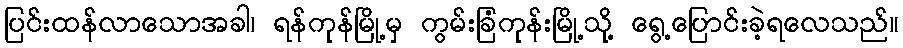
ပြင်းထန်လာသောအခါ၊ ရန်ကုန်မြို့မှ ကွမ်းခြံကုန်းမြို့သို့ ရွေ့ပြောင်းခဲ့ရလေသည်။